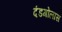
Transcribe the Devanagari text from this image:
दंडगोलास